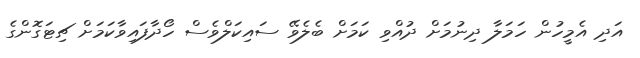
އަދި އެމީހުން ހަމަލާ ދިނުމަށް ދުއްވި ކަމަށް ބެލެވޭ ސައިކަލްވެސް ހޯދާފައިވާކަމަށް ޗިޓަގޮންގެ